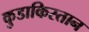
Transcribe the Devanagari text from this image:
कुडाकिस्तान